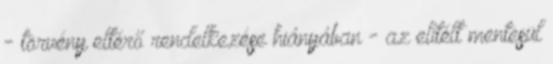
- törvény eltérő rendelkezése hiányában - az elítélt mentesül